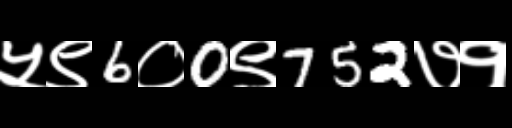
Text: ५९6०0९752७१